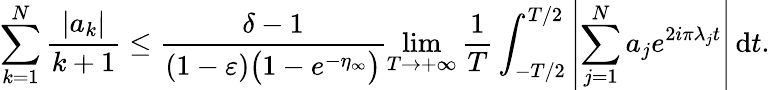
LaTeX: \sum_{k=1}^{N}\frac{|a_{k}|}{k+1}\leq\frac{\delta-1}{(1-\varepsilon)\bigl(1-e^{-\eta_{\infty}}\bigr)}\operatorname*{lim}_{T\to+\infty}\frac{1}{T}\int_{-T/2}^{T/2}{\left|{\sum_{j=1}^{N}a_{j}e^{2i\pi\lambda_{j}t}}\right|}\, \mathrm{d}t.